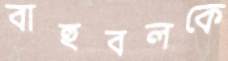
বাহুবলকে